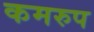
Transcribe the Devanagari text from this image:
कमरुप